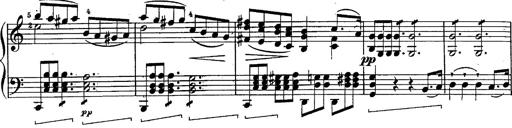
Title: Schubert's Impromptus [revised and edited by Franz Liszt]
Composer: Franz Liszt